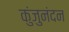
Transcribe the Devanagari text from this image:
कुंजुनंदन